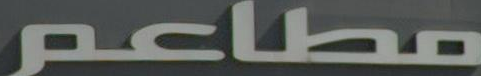
مطاعم